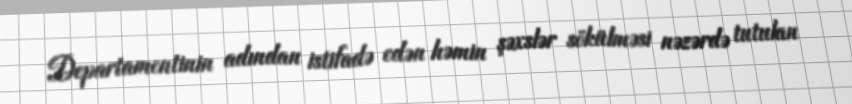
Departamentinin adından istifadə edən həmin şəxslər sökülməsi nəzərdə tutulan